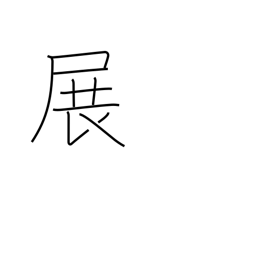
Meaning: unfold